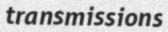
transmissions